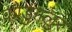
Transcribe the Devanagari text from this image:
कोडुंगलुर